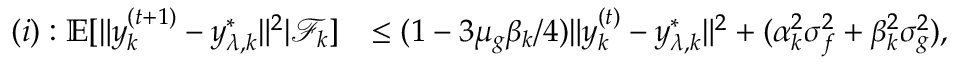
\begin{array} { r l } { ( i ) : \mathbb { E } [ \| y _ { k } ^ { ( t + 1 ) } - y _ { \lambda , k } ^ { * } \| ^ { 2 } | \mathcal { F } _ { k } ] } & { \le ( 1 - 3 \mu _ { g } \beta _ { k } / 4 ) \| y _ { k } ^ { ( t ) } - y _ { \lambda , k } ^ { * } \| ^ { 2 } + ( \alpha _ { k } ^ { 2 } \sigma _ { f } ^ { 2 } + \beta _ { k } ^ { 2 } \sigma _ { g } ^ { 2 } ) , } \end{array}